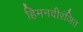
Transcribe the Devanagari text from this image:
हिमनदीरंजित